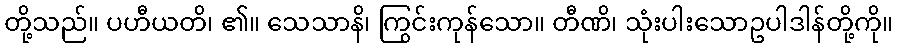
တို့သည်။ ပဟီယတိ၊ ၏။ သေသာနိ၊ ကြွင်းကုန်သော။ တီဏိ၊ သုံးပါးသောဥပါဒါန်တို့ကို။